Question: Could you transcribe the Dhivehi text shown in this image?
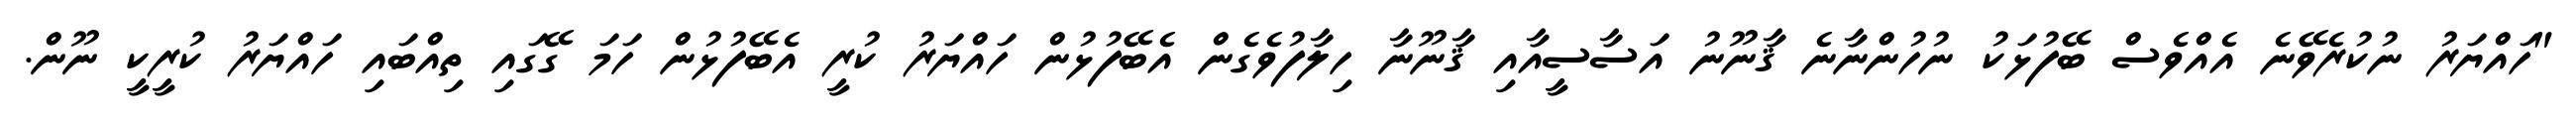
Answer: "ހައްޔަރު ނުކުރެވޭނެ އެއްވެސް ބޭފުޅަކު ނުހުންނާނެ ޤާނޫނު އަސާސީއާއި ޤާނޫނާ ހިލާފުވެގެން އެބޭފުޅުން ހައްޔަރު ކުރީ އެބޭފުޅުން ހަމަ ގޭގައި ތިއްބައި ހައްޔަރު ކުރީކީ ނޫން.